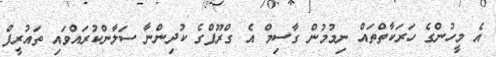
އެ މީހުންގެ ހަރަކާތްތައް ނިމުމުން ގާސިމް އެ ގްރޫޕްގެ ކުދިންނާ ސަލާންކުރައްވައި ތައުރީފް